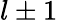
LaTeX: l\pm 1